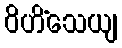
ဝိဟိံသေယျ